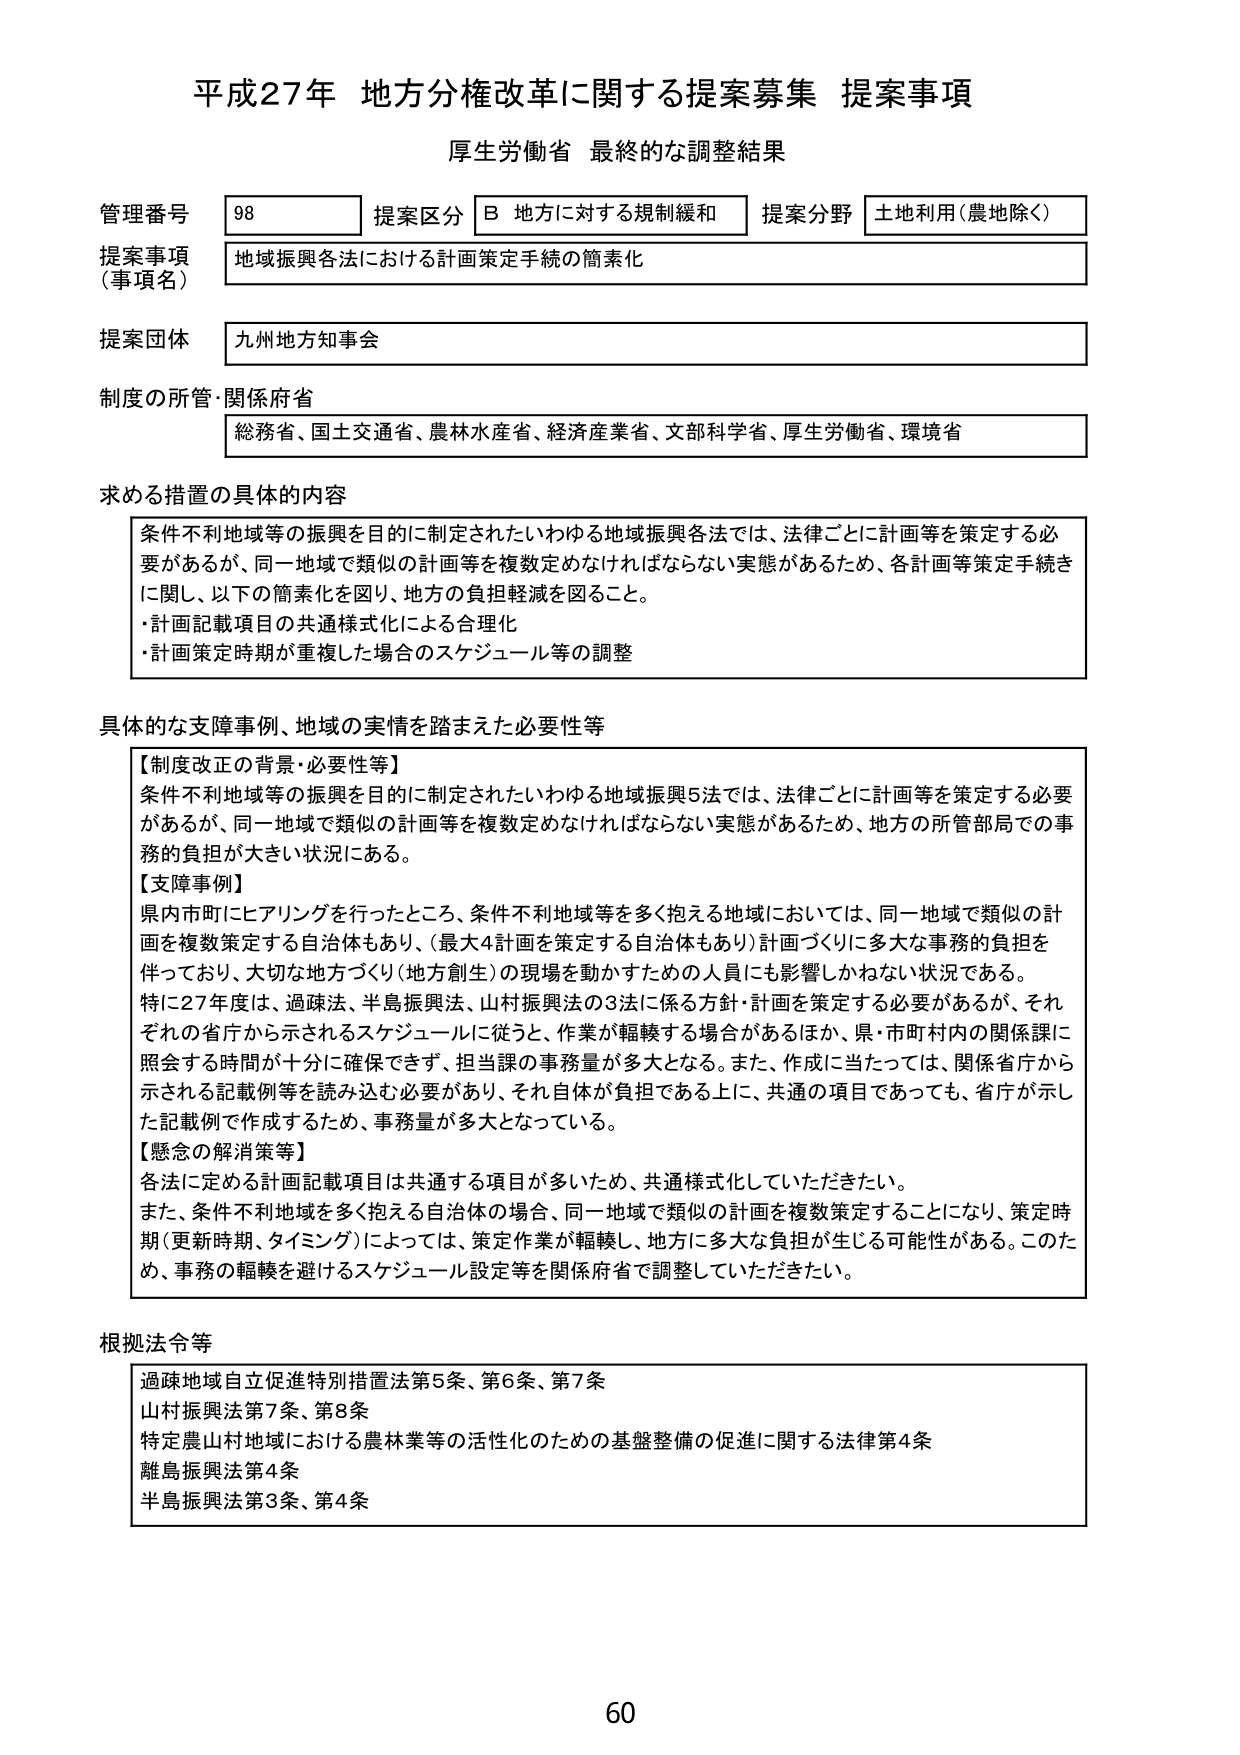
平成27年 地方分権改革に関する提案募集 提案事項
厚生労働省 最終的な調整結果

管理番号 98
提案区分 B 地方に対する規制緩和
提案分野 土地利用（農地除く）

提案事項（事項名） 地域振興各法における計画策定手続の簡素化

提案団体 九州地方知事会

制度の所管・関係府省 総務省、国土交通省、農林水産省、経済産業省、文部科学省、厚生労働省、環境省

求める措置の具体的内容
条件不利地域等の振興を目的に制定されたいわゆる地域振興各法では、法律ごとに計画等を策定する必要があるが、同一地域で類似の計画等を複数定めなければならない実態があるため、各計画等策定手続きに関し、以下の簡素化を図り、地方の負担軽減を図ること。
・計画記載項目の共通様式化による合理化
・計画策定時期が重複した場合のスケジュール等の調整

具体的な支援事例、地域の実情を踏まえた必要性等
【制度改正の背景・必要性等】
条件不利地域等の振興を目的に制定されたいわゆる地域振興5法では、法律ごとに計画等を策定する必要があるが、同一地域で類似の計画等を複数定めなければならない実態があるため、地方の所管部局での事務の負担が大きい状況にある。
【支援事例】
県内市町にヒアリングを行ったところ、条件不利地域等を多く抱える地域においては、同一地域で類似の計画を複数策定する自治体もあり、（最大4計画を策定する自治体もあり）計画づくりに多大な事務的負担を伴っており、大切な地方づくり（地方創生）の現場を動かすための人員にも影響しかねない状況である。
特に27年度は、過疎法、半島振興法、山村振興法の3法に係る方針・計画を策定する必要があるが、それぞれの省庁から示されるスケジュールに従うと、作業が転轍する場合があるほか、県・市町村内の関係課に照会する時間が十分に確保できず、担当課の事務量が多大となる。また、作成に当たっては、関係省庁から示される記載例等を読み込む必要があり、それ自体が負担である上に、共通の項目であっても、省庁が示した記載例で作成するため、事務量が多大となっている。
【懸念の解消策等】
各法に定める計画記載項目は共通する項目が多いため、共通様式化していただきたい。
また、条件不利地域を多く抱える自治体の場合、同一地域で類似の計画を複数策定することになり、策定時期（更新時期、タイミング）によっては、策定作業が転轍し、地方に多大な負担が生じる可能性がある。このため、事務の転轍を避けるスケジュール設定等を関係府省で調整していただきたい。

根拠法令等
過疎地域自立促進特別措置法第5条、第6条、第7条
山村振興法第7条、第8条
特定農山村地域における農林業等の活性化のための基盤整備の促進に関する法律第4条
離島振興法第4条
半島振興法第3条、第4条

60